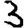
Digit: 3